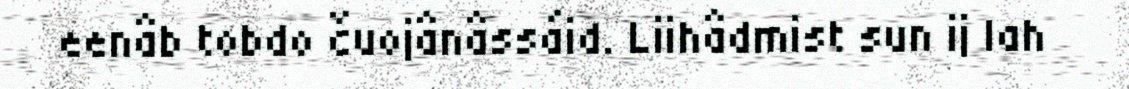
eenâb tobdo čuojânâssáid. Liihâdmist sun ij lah